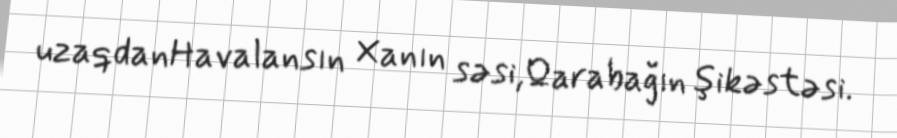
uzaqdanHavalansın Xanın səsi,Qarabağın şikəstəsi.